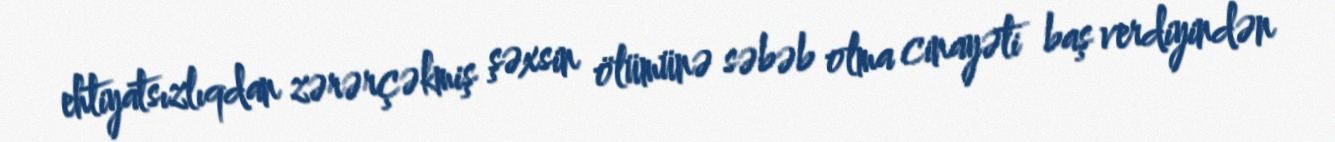
ehtiyatsızlıqdan zərərçəkmiş şəxsin ölümünə səbəb olma cinayəti baş verdiyindən